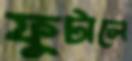
ফুটালে